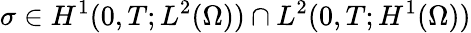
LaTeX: \sigma\in H^{1}(0,T;L^{2}(\Omega))\cap L^{2}(0,T;H^{1}(\Omega))